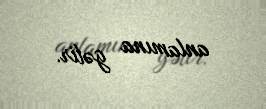
anlamına gəlir.